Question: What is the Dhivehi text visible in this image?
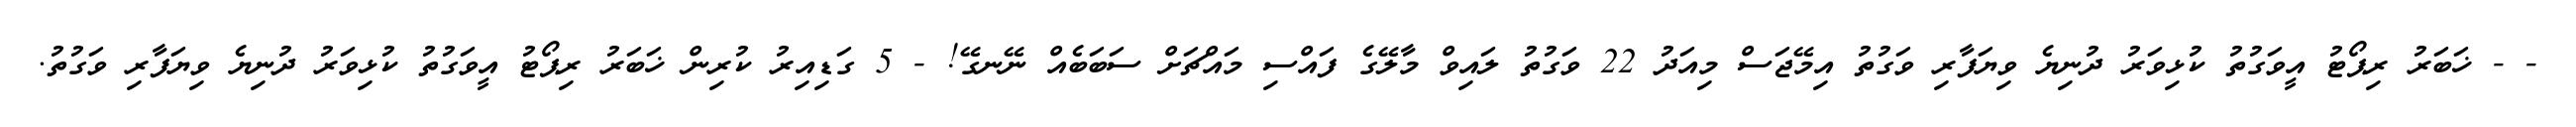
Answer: - - ޚަބަރު ރިޕޯޓު އީވަގުތު ކުޅިވަރު ދުނިޔެ ވިޔަފާރި ވަގުތު އިމޭޖަސް މިއަދު 22 ވަގުތު ލައިވް މާލޭގެ ފައްސި މައްޗަށް ސަބަބެއް ނޭނގޭ! - 5 ގަޑިއިރު ކުރިން ޚަބަރު ރިޕޯޓު އީވަގުތު ކުޅިވަރު ދުނިޔެ ވިޔަފާރި ވަގުތު.